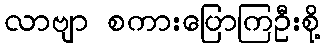
လာဗျာ စကားပြောကြဦးစို့